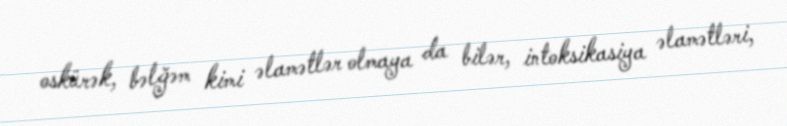
oskürək, bəlğəm kimi əlamətlər olmaya da bilər, intoksikasiya əlamətləri,